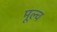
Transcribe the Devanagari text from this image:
मूल्व